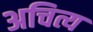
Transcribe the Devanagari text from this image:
अचित्य